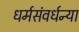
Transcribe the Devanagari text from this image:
धर्मसंवर्धन्या